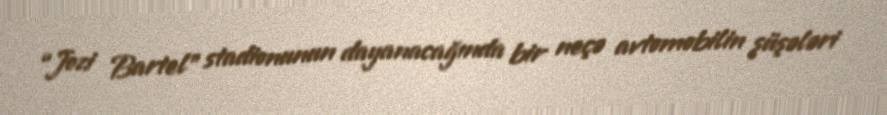
“Jozi Bartel” stadionunun dayanacağında bir neçə avtomobilin şüşələri